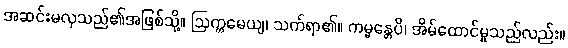
အဆင်းမလှသည်၏အဖြစ်သို့။ ဩက္ကမေယျ၊ သက်ရာ၏။ ကမ္မန္တေပိ၊ အိမ်ထောင်မှုသည်လည်း။